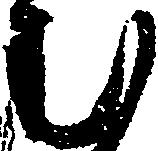
む